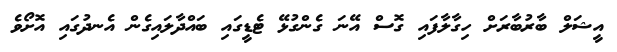
އީޝަލް ބާރުބާރަށް ހިގާލާފައި ގޮސް އޭނަ ގެންގުޅޭ ޓެޑީގައި ބައްދާލައިގެން އެނދުގައި އޮށޯވެ